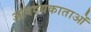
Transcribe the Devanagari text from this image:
आवश्यकाताओं